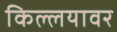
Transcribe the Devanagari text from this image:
किल्लयावर